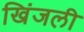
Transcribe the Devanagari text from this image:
खिंजली